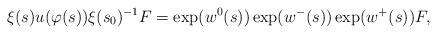
LaTeX: \begin{align*} \xi(s) u(\varphi(s)) \xi(s_0)^{-1} F = \exp(w^0(s))\exp(w^-(s))\exp(w^+(s))F,\end{align*}